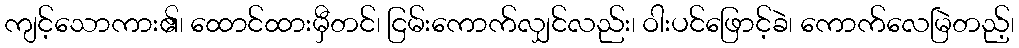
ကျင့်သောကား၏၊ ထောင်ထားမှီတင်၊ ငြမ်းကောက်လျှင်လည်း၊ ဝါးပင်ဖြောင့်ခဲ၊ ကောက်လေမြဲတည့်၊